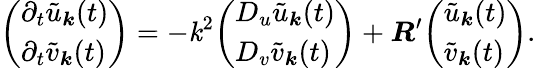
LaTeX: {\left(\begin{array}{l}{\partial_{t}{\tilde{u}}_{\boldsymbol{k}}(t)}\\ {\partial_{t}{\tilde{v}}_{\boldsymbol{k}}(t)}\end{array}\right)}=-\mathit{k}^{2}{\left(\begin{array}{l}{D_{u}{\tilde{u}}_{\boldsymbol{k}}(t)}\\ {D_{v}{\tilde{v}}_{\boldsymbol{k}}(t)}\end{array}\right)}+{\boldsymbol{R}}^{\prime}{\left(\begin{array}{l}{{\tilde{u}}_{\boldsymbol{k}}(t)}\\ {{\tilde{v}}_{\boldsymbol{k}}(t)}\end{array}\right)}.